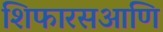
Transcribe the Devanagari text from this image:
शिफारसआणि